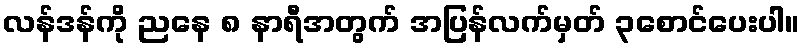
လန်ဒန်ကို ညနေ ၈ နာရီအတွက် အပြန်လက်မှတ် ၃စောင်ပေးပါ။